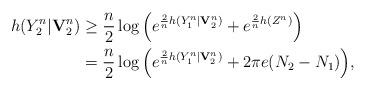
LaTeX: \begin{align*}h(Y^n_2|\mathbf{V}^n_2)&\geq\frac{n}{2}\log\Big(e^{\frac{2}{n}h(Y^n_1|\mathbf{V}^n_2)}+e^{\frac{2}{n}h(Z^n)}\Big)\\&=\frac{n}{2}\log\Big(e^{\frac{2}{n}h(Y^n_1|\mathbf{V}^n_2)}+2\pi e(N_2-N_1)\Big),\end{align*}